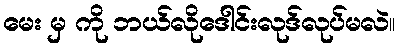
မေး မှ ကို ဘယ်လိုဒေါင်းလုဒ်လုပ်မလဲ။